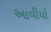
આવીયો